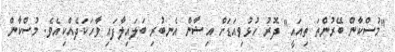
"މުސްކާން ބޭރުންތަ ތިއައީ" ދޮރު ހުޅުވިއަޑަށް އިޝާން އެނބުރި ބަލައިލާފައި ވާހަކަދެއްކިއެވެ. މުސްކާން